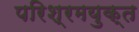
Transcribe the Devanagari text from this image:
परिश्रमयुक्त